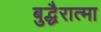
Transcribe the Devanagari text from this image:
बुद्धैरात्मा